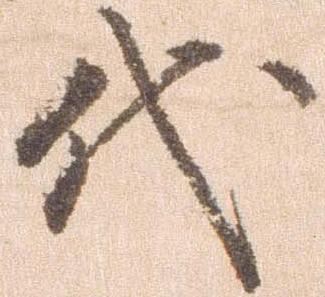
代